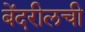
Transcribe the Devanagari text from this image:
बेंदरीलची